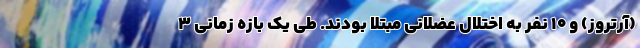
(آرتروز) و 10 نفر به اختلال عضلانی مبتلا بودند. طی یک بازه زمانی 3